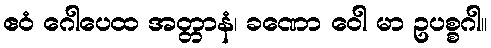
ဧဝံ ဂေါပေထ အတ္တာနံ၊ ခဏော ဝေါ မာ ဥပစ္စဂါ။